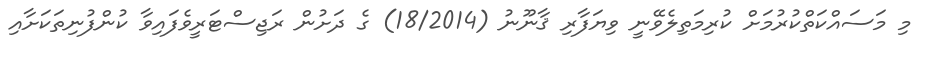
މި މަސައްކަތްކުރުމަށް ކުރިމަތިލެވޭނީ ވިޔަފާރި ޤާނޫނު (18/2014) ގެ ދަށުން ރަޖިސްޓަރީވެފައިވާ ކުންފުނިތަކަށާއި